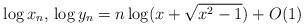
LaTeX: \begin{align*}\log x_n, \, \log y_n = n \log (x + \sqrt{x^2 - 1}) + O(1)\end{align*}